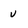
Character: u